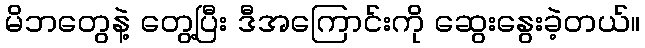
မိဘတွေနဲ့ တွေ့ပြီး ဒီအကြောင်းကို ဆွေးနွေးခဲ့တယ်။